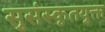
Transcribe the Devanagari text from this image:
सुसंस्कृतयुक्त